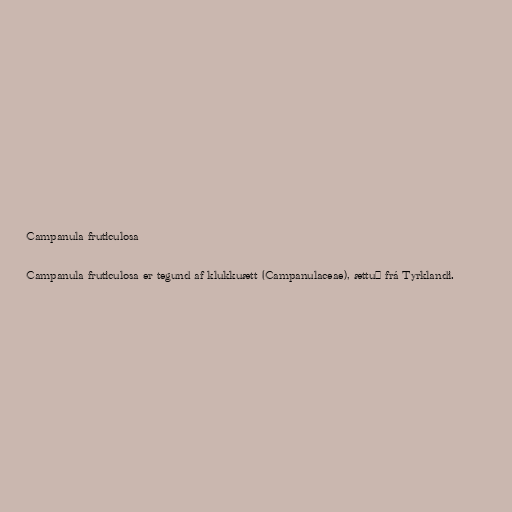
Campanula fruticulosa

Campanula fruticulosa er tegund af klukkuætt (Campanulaceae), ættuð frá Tyrklandi.